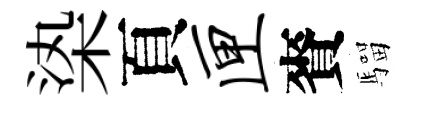
𣑱頁匣賚騮